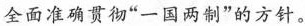
全面准确贯彻”一国两制”的方针。